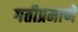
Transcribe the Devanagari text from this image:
गतीप्रमाणे